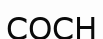
СОСН